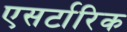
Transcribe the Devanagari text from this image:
एसर्टारिक